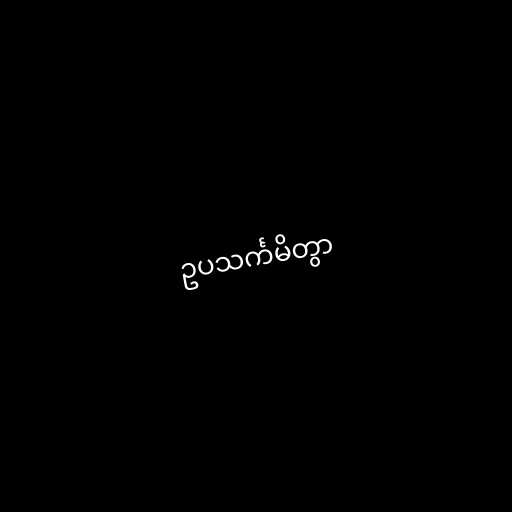
ဥပသင်္ကမိတွာ